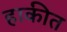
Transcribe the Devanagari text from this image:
हाकीत